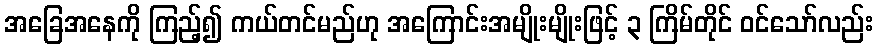
အခြေအနေကို ကြည့်၍ ကယ်တင်မည်ဟု အကြောင်းအမျိုးမျိုးဖြင့် ၃ ကြိမ်တိုင် ဝင်သော်လည်း